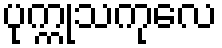
ပုက္ကုသကုလေ